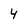
Character: 4